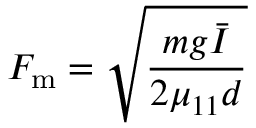
F _ { \mathrm { m } } = \sqrt { \frac { m g \bar { I } } { 2 \mu _ { 1 1 } d } }